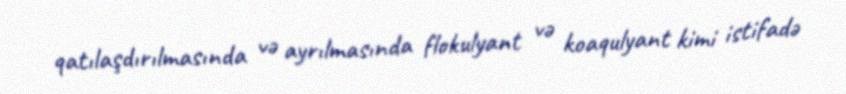
qatılaşdırılmasında və ayrılmasında flokulyant və koaqulyant kimi istifadə